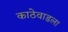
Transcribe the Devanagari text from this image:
काठेवाडला